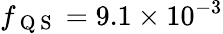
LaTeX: f_{\mathrm{~Q~S~}}=9.1\times 10^{-3}